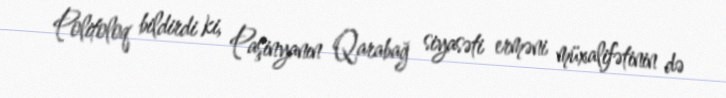
Politoloq bildirdi ki, Paşinyanın Qarabağ siyasəti erməni müxalifətinin də